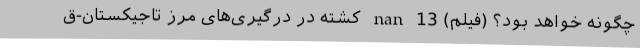
چگونه خواهد بود؟ (فیلم) nan 13 کشته در درگیری‌های مرز تاجیکستان-ق